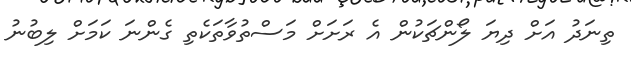
ތިނަދު އަށް ދިޔަ ލޯންޗަކުން އެ ރަށަށް މަސްތުވާތަކެތި ގެންނަ ކަމަށް ލިބުނު